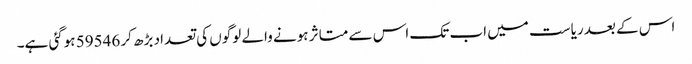
اس کے بعد ریاست میں اب تک اس سے متاثر ہونے والے لوگوں کی تعداد بڑھ کر 59546 ہوگئی ہے۔